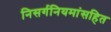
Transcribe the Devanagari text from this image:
निसर्गनियमांसहित